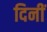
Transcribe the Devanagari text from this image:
दिनीं